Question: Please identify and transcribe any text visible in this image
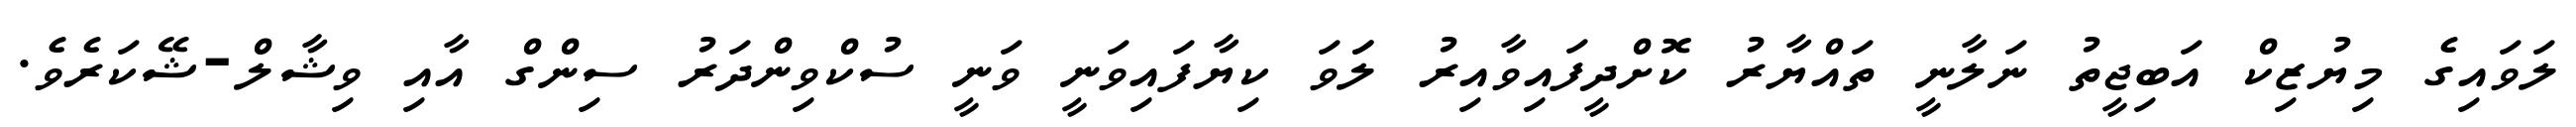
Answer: ލަވައިގެ މިޔުޒިކް އަބިޖީތު ނަލާނީ ތައްޔާރު ކޮށްދީފައިވާއިރު ލަަވަ ކިޔާފައިވަނީ ވަނީ ސުކްވިންދަރު ސިންގް އާއި ވިޝާލް-ޝޭކަރެވެ.